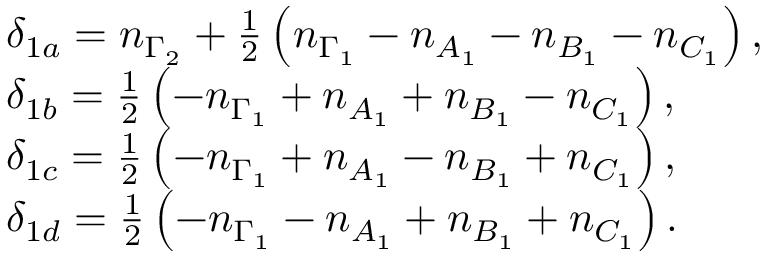
\begin{array} { r l } & { \delta _ { 1 a } = n _ { \Gamma _ { 2 } } + \frac { 1 } { 2 } \left( n _ { \Gamma _ { 1 } } - n _ { A _ { 1 } } - n _ { B _ { 1 } } - n _ { C _ { 1 } } \right) , } \\ & { \delta _ { 1 b } = \frac { 1 } { 2 } \left( - n _ { \Gamma _ { 1 } } + n _ { A _ { 1 } } + n _ { B _ { 1 } } - n _ { C _ { 1 } } \right) , } \\ & { \delta _ { 1 c } = \frac { 1 } { 2 } \left( - n _ { \Gamma _ { 1 } } + n _ { A _ { 1 } } - n _ { B _ { 1 } } + n _ { C _ { 1 } } \right) , } \\ & { \delta _ { 1 d } = \frac { 1 } { 2 } \left( - n _ { \Gamma _ { 1 } } - n _ { A _ { 1 } } + n _ { B _ { 1 } } + n _ { C _ { 1 } } \right) . } \end{array}